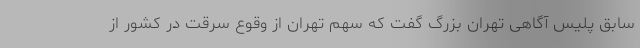
سابق پلیس آگاهی تهران بزرگ گفت که سهم تهران از وقوع سرقت در کشور از